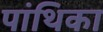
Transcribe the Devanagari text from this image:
पांथिका